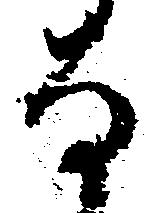
な